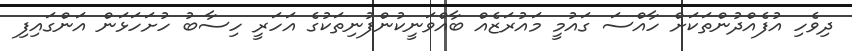
ދިވެހި އުފެއްދުންތަކަށް ހާއްސަ ގައުމީ މައުރަޒެއް ބާއްވަނީކުންފުނިތަކުގެ އަހަރީ ހިސާބު ހުށަހަޅަން އަންގައިފި